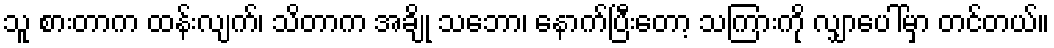
သူ စားတာက ထန်းလျက်၊ သိတာက အချို သဘော၊ နောက်ပြီးတော့ သကြားကို လျှာပေါ်မှာ တင်တယ်။